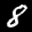
Label: 8